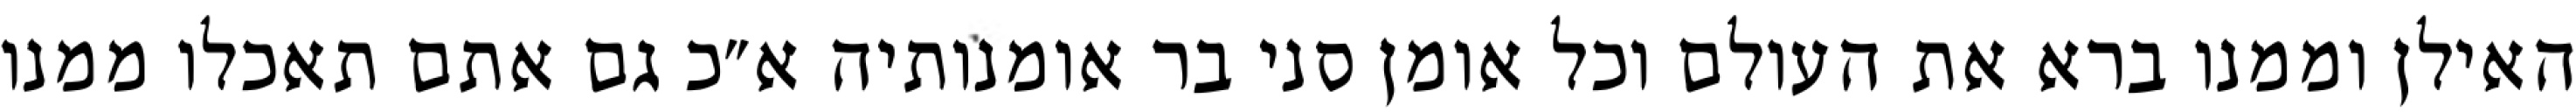
האילן וממנו ברא את העולם וכל אומן סני בר אומנותיה א״כ גם אתם תאכלו ממנו